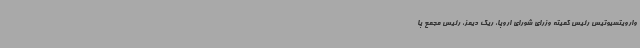
وارویتسیوتیس رئیس کمیته وزرای شورای اروپا، ریک دیمز، رئیس مجمع پا